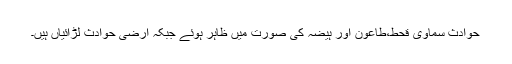
حوادث سماوی قحط،طاعون اور ہیضہ کی صورت میں ظاہر ہوئے جبکہ ارضی حوادث لڑائیاں ہیں۔